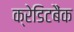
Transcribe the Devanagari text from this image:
क्रेडिटबैंक